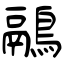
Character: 鷊